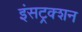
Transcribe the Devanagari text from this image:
इंसट्रक्शन